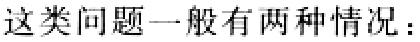
这类问题一般有两种情况：